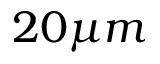
2 0 \mu m